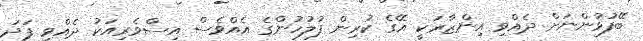
ބޭފުޅުންނަށް ދެއްވި އިންޒާރަކީ އޭގެ ކުރިން ފުލުހުންގެ އެއްވެސް އިސްވެރިއަކު ދެއްވި ފަދަ